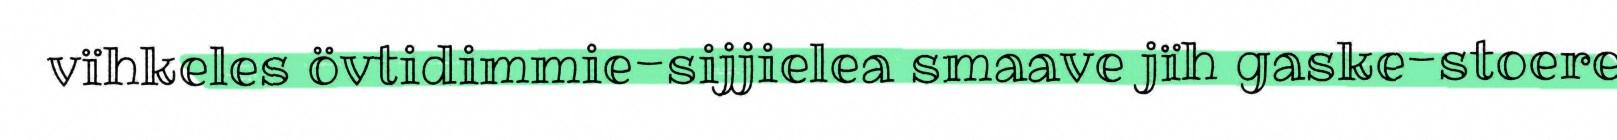
vïhkeles övtidimmie-sijjielea smaave jïh gaske-stoere